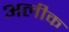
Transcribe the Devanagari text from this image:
अलीक